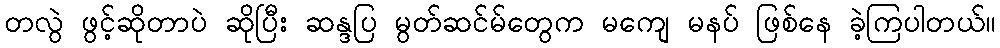
တလွဲ ဖွင့်ဆိုတာပဲ ဆိုပြီး ဆန္ဒပြ မွတ်ဆင်မ်တွေက မကျေ မနပ် ဖြစ်နေ ခဲ့ကြပါတယ်။